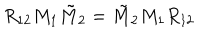
R _ { 1 2 } M _ { 1 } \tilde { M } _ { 2 } = \tilde { M } _ { 2 } M _ { 1 } R _ { 1 2 }